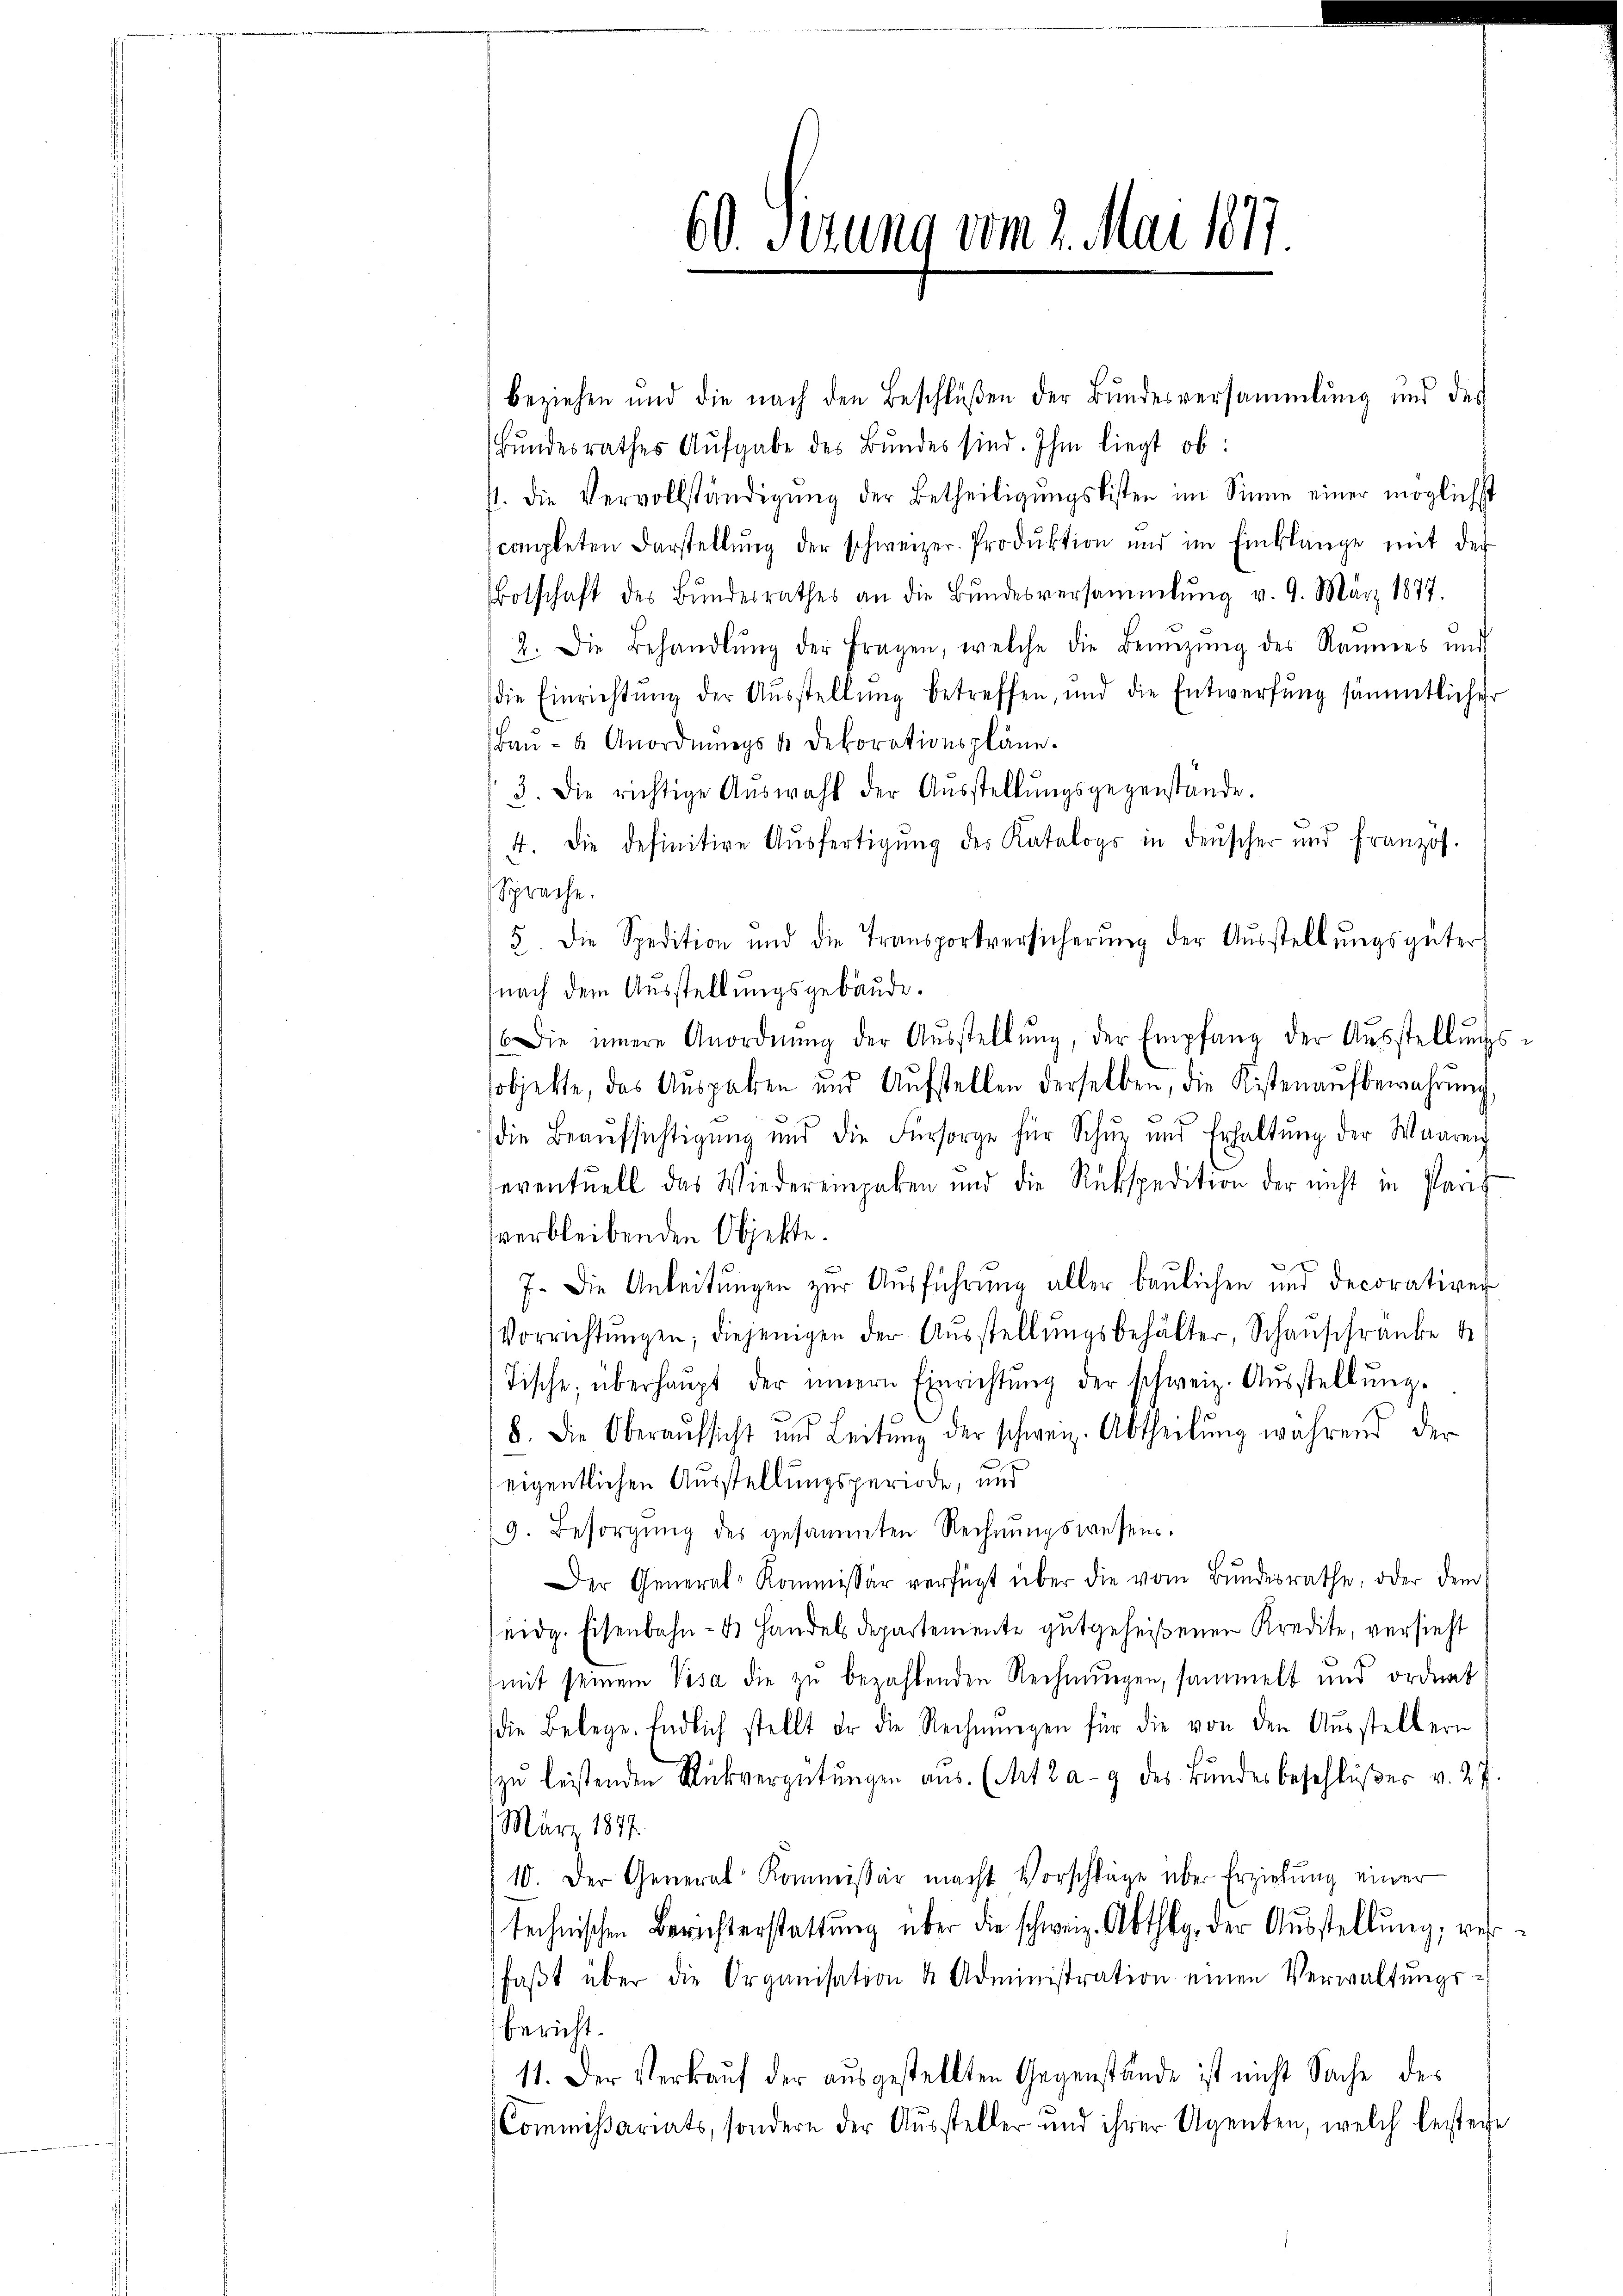
60. Setzung vom 2. Mai 1877

beziehen und die nach den Beschlüßen der Bundesversammlung und des
Bŭndesrathes Aufgabe des Bundes sind. Ihm liegt ob:
p. die Vervollständigŭng der Betheiligŭngslisten im Sinne einer möglichst
completen Darstellŭng der schweizer. Produktion und im Einklänge mit der
Botschaft des Bŭndesrathes an die Bŭndesversammlung v. 9. März 1877.
2. Die Behandlŭng der Fragen, welche die Benŭtzŭng des Raumes und
die Einrichtŭng der Aŭsstellŭng betreffen, und die Entwerfung sämmtlicher
Baŭ- u Anordnungst Dekorationspläne.
3. Die richtige Aŭswahl der Aŭsstellŭngsgegenstände.
4. Die definitive Aŭsfertigung des Katalogs in denscher und Französ.
Sprache.
5. die Spedition und die Transportversicherŭng der Aŭsstellŭngsgüter
nach dem Ausstellungsgebäude.
Die innere Anordnŭng der Aŭsstellŭng, der Empfang der Aŭsstellŭngs-
sobjekte, das Aŭsgaben und Aŭfstellen derselben, die Kistenaŭfbewahrŭng,
die Beaŭfsichtigŭng und die Fürsorge für Schur und Erhaltŭng der Waaren
eventuell das Wiedereingaben und die Rückspedition der nicht in Paris
verbleibenden Objekte.
7. Die Anleitŭngen zŭr Aŭsführung aller baŭlichen und decorativen
Vorrichtŭngen; diejenigen der Aŭsstellŭngsbehälter, Schaŭschranke de
Tische, überhaŭpt der innern Einrichtŭng der schweiz. Aŭsstellŭng.
.
8. Die Oberaŭfsicht und Leitŭng der schweiz. Abtheilŭng während der
eigentlichen Ausstellungsperiode, und
9. Besorgŭng des gesammten Rechnŭngswesens.
Der General-Kommissär verfügt über die vom Bundesrathe, oder dem
eidg. Eisenbahn- & Handelsdepartemente gutgeheißenen Kredite, versieht
mit seinem Visa die zu bezahlenden Rechnungen, sammelt und ordnet
die Belege. Endlich stellt er die Rechnŭngen für die von den Aŭsstellern
zŭ leistenden Rückvergütŭngen aŭs. (Mit 2 a - 9 des Bŭndesbeschlŭβer v. 27.
März 1877
10. Der General Kommissär macht Vorschläge über Erziehung einer
technischen Berichterstattŭng über die schweiz. Abthlg, der Aŭsstellŭng, verfaβt über die Organisation & Administration einen Verwaltŭngs-
bericht.
11. Der Verkauf der ausgestellten Gegenstände ist nicht Sache des
Commißariats, sondern der Aŭssteller und ihrer Agenten, welch bestere